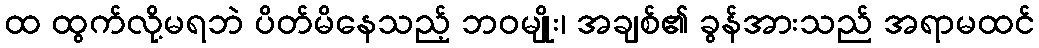
ထ ထွက်လို့မရဘဲ ပိတ်မိနေသည့် ဘဝမျိုး၊ အချစ်၏ ခွန်အားသည် အရာမထင်